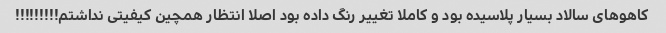
کاهوهای سالاد بسیار پلاسیده بود و کاملا تغییر رنگ داده بود اصلا انتظار همچین کیفیتی نداشتم!!!!!!!!!